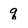
Character: q